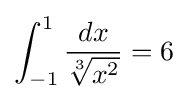
\int _{-1}^{1}{\frac {dx}{\sqrt[{3}]{x^{2}}}}=6